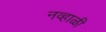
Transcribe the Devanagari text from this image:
नव्हाळी